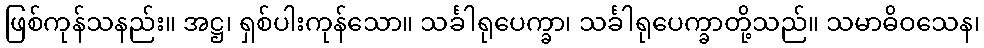
ဖြစ်ကုန်သနည်း။ အဋ္ဌ၊ ရှစ်ပါးကုန်သော။ သင်္ခါရုပေက္ခာ၊ သင်္ခါရုပေက္ခာတို့သည်။ သမာဓိဝသေန၊